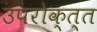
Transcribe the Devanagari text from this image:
उपरोक्त्त